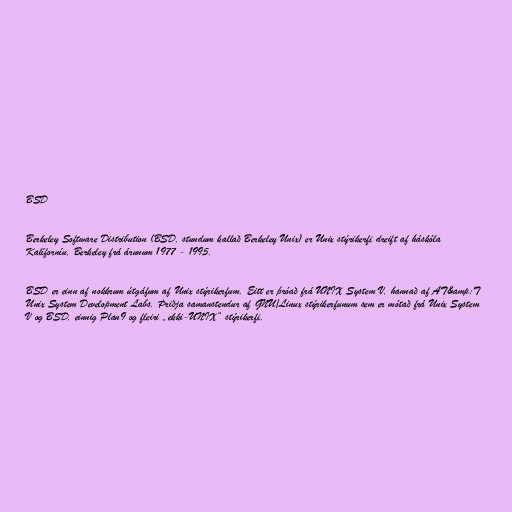
BSD

Berkeley Software Distribution (BSD, stundum kallað Berkeley Unix) er Unix stýrikerfi dreift af háskóla
Kalíforníu, Berkeley frá árunum 1977 - 1995.

BSD er einn af nokkrum útgáfum af Unix stýrikerfum. Eitt er þróað frá UNIX System V, hannað af AT&amp;T
Unix System Development Labs. Þriðja samanstendur af GNU/Linux stýrikerfunum sem er mótað frá Unix System
V og BSD, einnig Plan9 og fleiri „ekki-UNIX“ stýrikerfi.